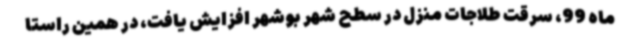
ماه 99، سرقت طلاجات منزل در سطح شهر بوشهر افزایش یافت، در همین راستا